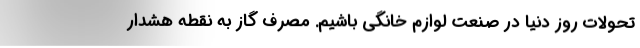
تحولات روز دنیا در صنعت لوازم خانگی باشیم. مصرف گاز به نقطه هشدار